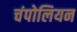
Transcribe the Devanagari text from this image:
चंपोलियन